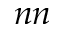
n n